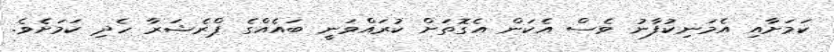
ކަމަށާއި އެމަނިކުފާނު ވެސް އެކަން އެގޮތަށް ކުރައްވަނީ ބައެއްގެ ޕްރެޝަރާ ހެދި ކަމަށެވެ.